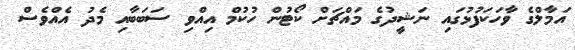
އަމާލްގެ ވާހަކަފުޅުގައި ނަޝީދުގެ މައްޗަށް ކޯޓުން ހުކުމް އިއްވި ސަބަބާއި މެދު އެއްވެސް